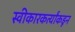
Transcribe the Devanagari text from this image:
स्वीकारकर्त्यांकडून